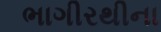
ભાગીરથીના